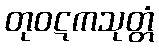
တုဝဋကသုတ္တံ